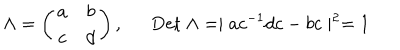
LaTeX: \Lambda = \left( \begin{array} { c c } { { a } } & { { b } } \\ { { c } } & { { d } } \\ \end{array} \right) , \mathrm { D e t } ~ \Lambda = \mid a c ^ { - 1 } d c - b c \mid ^ { 2 } = 1